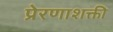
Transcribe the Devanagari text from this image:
प्रेरणाशक्ती